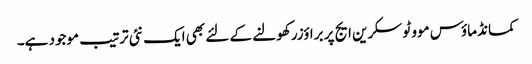
کمانڈ ماؤس موو ٹو سکرین ایج پر براؤزر کھولنے کے لئے بھی ایک نئی ترتیب موجود ہے۔